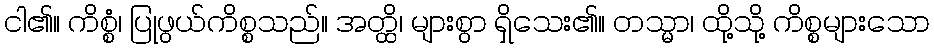
ငါ၏။ ကိစ္စံ၊ ပြုဖွယ်ကိစ္စသည်။ အတ္ထိ၊ များစွာ ရှိသေး၏။ တသ္မာ၊ ထို့သို့ ကိစ္စများသော